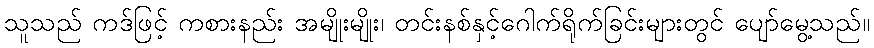
သူသည် ကဒ်ဖြင့် ကစားနည်း အမျိုးမျိုး၊ တင်းနစ်နှင့်ဂေါက်ရိုက်ခြင်းများတွင် ပျော်မွေ့သည်။